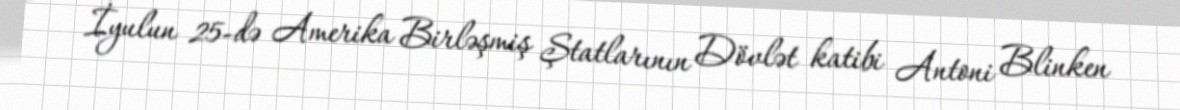
İyulun 25-də Amerika Birləşmiş Ştatlarının Dövlət katibi Antoni Blinken